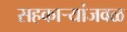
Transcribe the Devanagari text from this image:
सहकार्‍यांजवळ